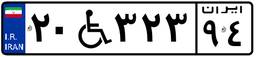
۲۰W۳۲۳۹۴